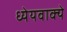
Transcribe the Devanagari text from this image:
ध्येयवाक्ये